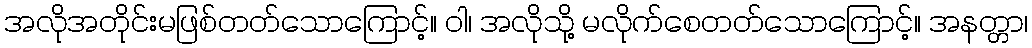
အလိုအတိုင်းမဖြစ်တတ်သောကြောင့်။ ဝါ၊ အလိုသို့ မလိုက်စေတတ်သောကြောင့်။ အနတ္တာ၊